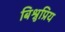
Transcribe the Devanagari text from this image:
बिश्नुप्रिय